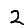
Digit: 2